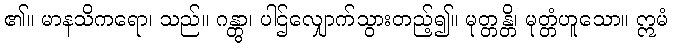
၏။ မာနသိကရော၊ သည်။ ဂန္တွာ၊ ပါဌ်လျှောက်သွားတည့်၍။ မုတ္တန္တိ၊ မုတ္တံဟူသော။ ဣမံ